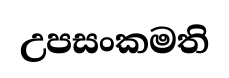
උපසංකමති